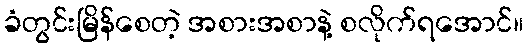
ခံတွင်းမြိန်စေတဲ့ အစားအစာနဲ့ စလိုက်ရအောင်။